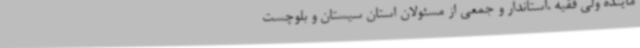
ماینده ولی فقیه ،استاندار و جمعی از مسئولان استان سیستان و بلوچست